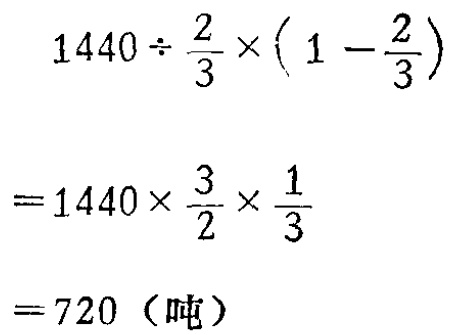
\[

\begin{align*}

&1440\div\frac{2}{3}\times(1 - \frac{2}{3})\\

=&1440\times\frac{3}{2}\times\frac{1}{3}\\

=&720 \text{（吨）}

\end{align*}

\]